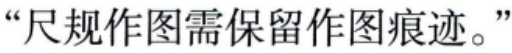
“尺规作图需保留作图痕迹。”